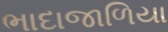
ભાદાજાળિયા